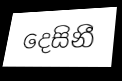
දෙසිනී